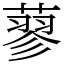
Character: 蓼